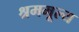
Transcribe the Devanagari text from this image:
श्रममूल्य